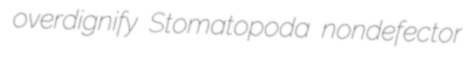
overdignify Stomatopoda nondefector